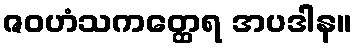
ဇဝဟံသကတ္ထေရ အပဒါန။